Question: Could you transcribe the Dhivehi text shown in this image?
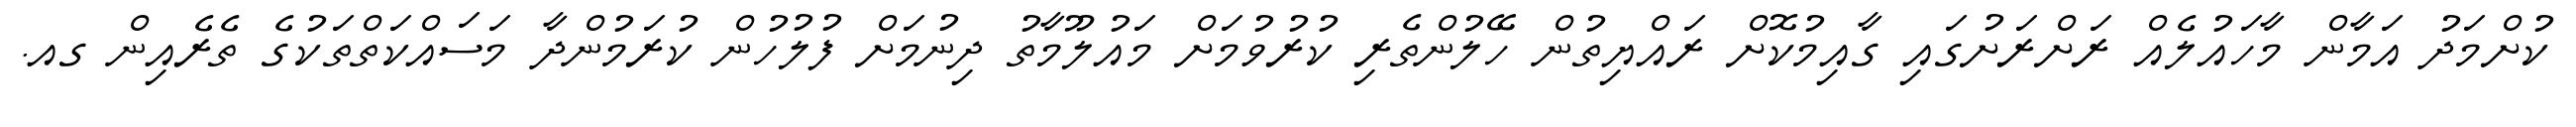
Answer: ކުށްމަދު އަމާން މާހައުލެއް ރަށްރަށުގައި ގާއިމުކޮށް ރައްޔިތުން ހޭލުންތެރި ކުރުވުމަށް މައުލޫމާތު ދިނުމަށް ފުލުހުން ކުރަމުންދާ މަސައްކަތްތަކުގެ ތެރެއިން ގއ.